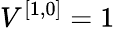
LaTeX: V^{[{1},{0}]}=1